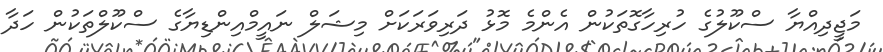
މަޖީދިއްޔާ ސްކޫލުގެ ހުރިހާގޮތަކުން އެންމެ މޮޅު ދަރިވަރަކަށް މިޝަލް ނައީމްއިންޑިޔާގެ ސްކޫލްތަކުން ހަދާ